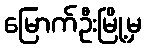
မြောက်ဦးမြို့မှ